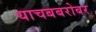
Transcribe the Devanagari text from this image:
याचबबरोबर